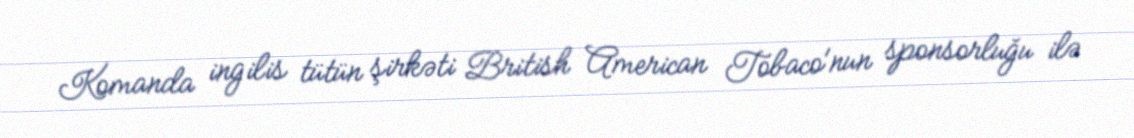
Komanda ingilis tütün şirkəti British American Tobaco'nun sponsorluğu ilə